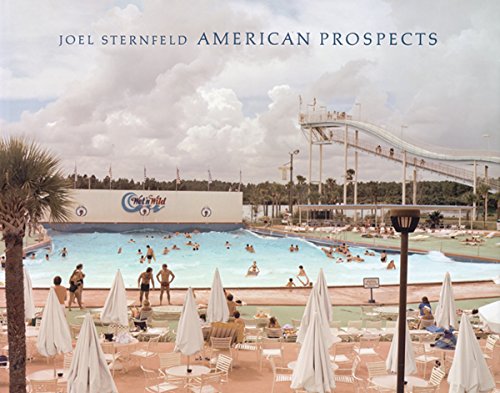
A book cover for Joel Sternfeld: American Prospects; Kerry Brougher; Arts & Photography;